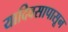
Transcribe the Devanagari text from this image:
यादिवसापासून